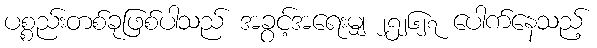
ပစ္စည်းတစ်ခုဖြစ်ပါသည် အခွင့်အရေးမျှ ၂၅၂၆၂၇ ပေါက်နေသည့်